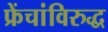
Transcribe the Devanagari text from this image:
फ्रेंचांविरुद्ध